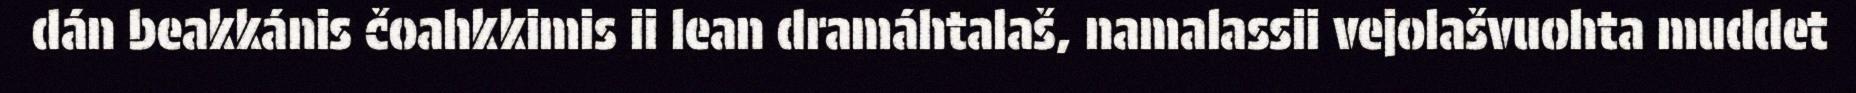
dán beakkánis čoahkkimis ii lean dramáhtalaš, namalassii vejolašvuohta muddet